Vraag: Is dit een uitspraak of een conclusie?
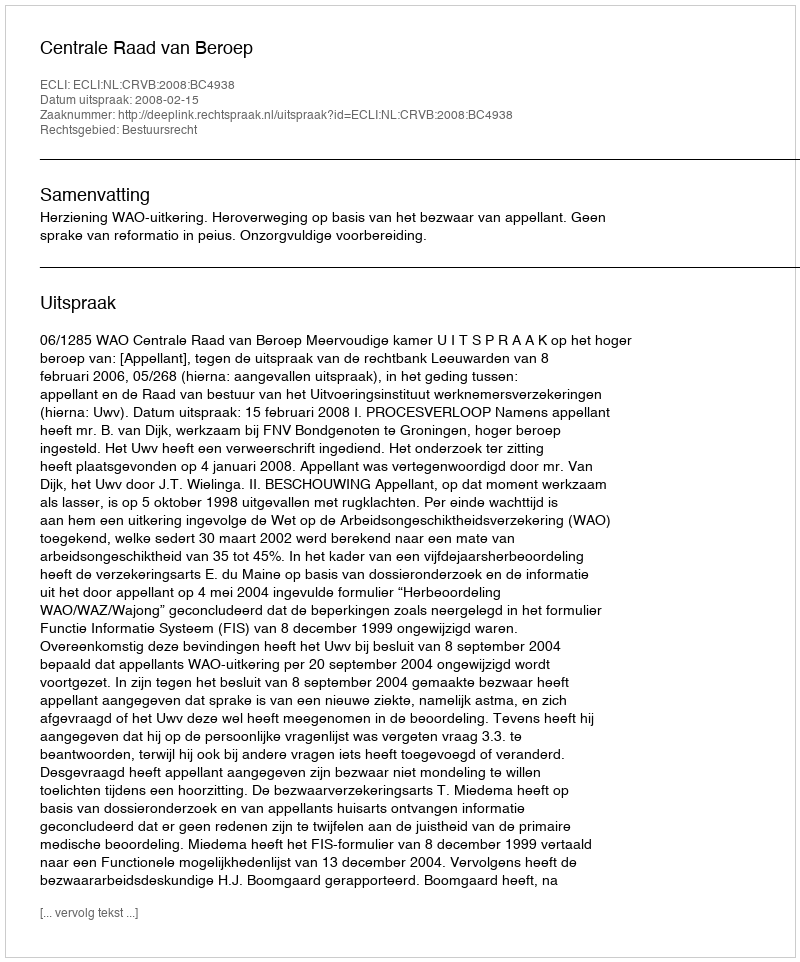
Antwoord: Uitspraak